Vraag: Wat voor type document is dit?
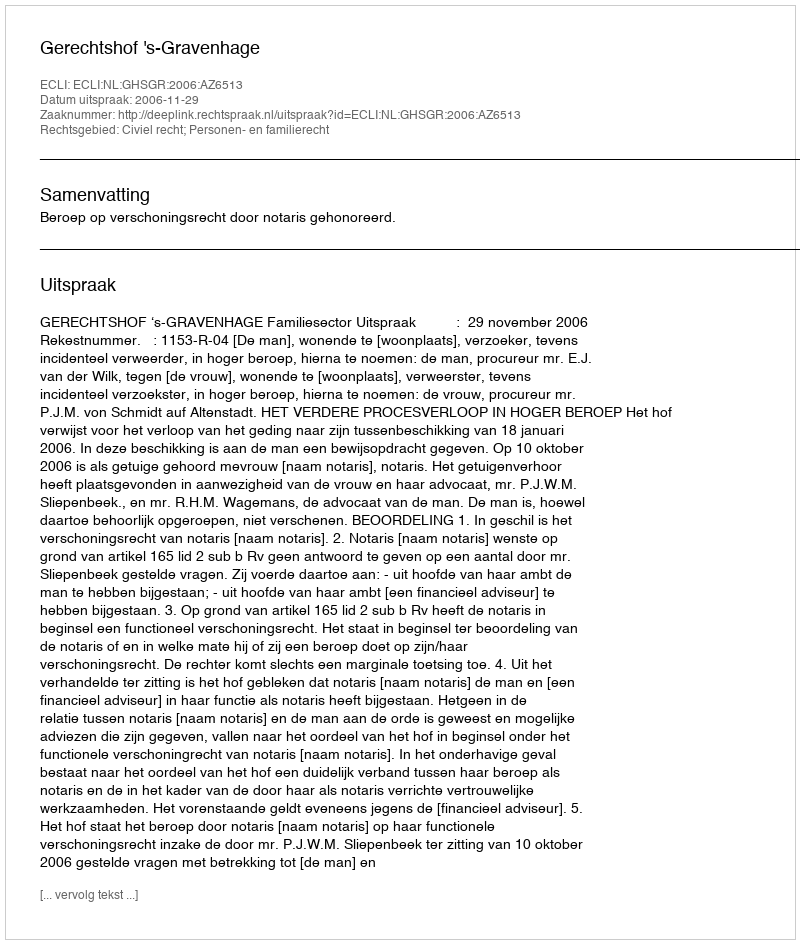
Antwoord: Uitspraak